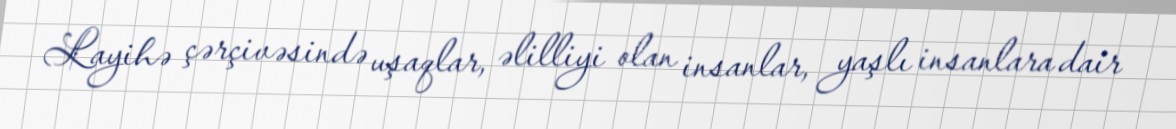
Layihə çərçivəsində uşaqlar, əlilliyi olan insanlar, yaşlı insanlara dair